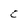
Character: c